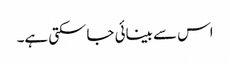
اس سے بینائی جاسکتی ہے۔